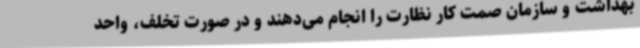
بهداشت و سازمان صمت کار نظارت را انجام می‌دهند و در صورت تخلف، واحد